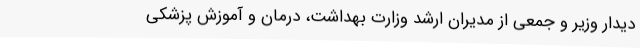
دیدار وزیر و جمعی از مدیران ارشد وزارت بهداشت، درمان و آموزش پزشکی